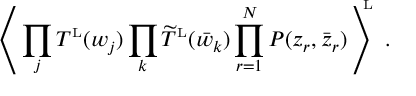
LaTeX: \left\langle \, \prod _ { j } T ^ { \mathrm { \scriptscriptstyle L } } ( w _ { j } ) \prod _ { k } \widetilde T ^ { \mathrm { \scriptscriptstyle L } } ( \bar { w } _ { k } ) \prod _ { r = 1 } ^ { N } P ( z _ { r } , \bar { z } _ { r } ) \, \right\rangle ^ { \! \! \! \mathrm { \scriptscriptstyle L } } \ .